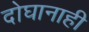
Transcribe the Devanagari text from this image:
दोघानाही